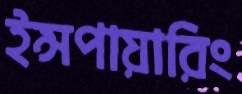
ইন্সপায়ারিং